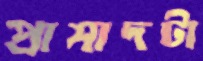
প্রাসাদটা